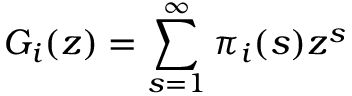
G _ { i } ( z ) = \sum _ { s = 1 } ^ { \infty } \pi _ { i } ( s ) z ^ { s }